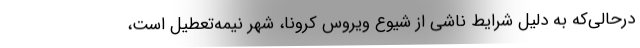
درحالی‌که به دلیل شرایط ناشی از شیوع ویروس کرونا، شهر نیمه‌تعطیل است،